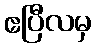
ဧပြီလမှ